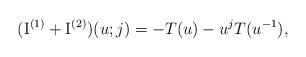
LaTeX: \begin{align*} (\mathrm{I}^{(1)} + \mathrm{I}^{(2)} ) (u;j)= -T(u)-u^jT(u^{-1}) , \end{align*}